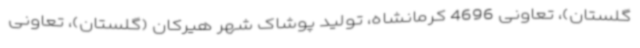
گلستان)، تعاونی 4696 کرمانشاه، تولید پوشاک شهر هیرکان (گلستان)، تعاونی